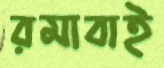
রমাবাই